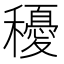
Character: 𥣯